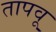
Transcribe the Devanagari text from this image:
तापवू